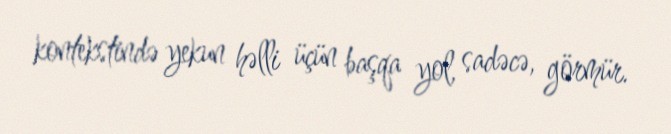
kontekstində yekun həlli üçün başqa yol, sadəcə, görmür.